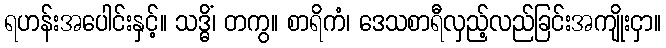
ရဟန်းအပေါင်းနှင့်။ သဒ္ဓိံ၊ တကွ။ စာရိကံ၊ ဒေသစာရီလှည့်လည်ခြင်းအကျိုးငှာ။